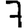
Digit: 7